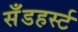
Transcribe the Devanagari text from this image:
सॅँडहर्स्ट